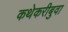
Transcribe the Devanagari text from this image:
कथेकरीबुवा